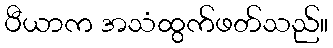
ပီယာက အသံထွက်ဖတ်သည်။